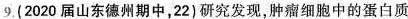
9. (2020届山东德州期中，22)研究发现，肿瘤细胞中的蛋白质